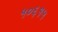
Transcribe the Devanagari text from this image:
५०६१५